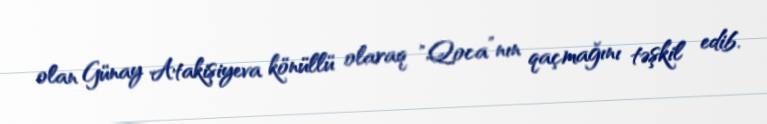
olan Günay Atakişiyeva könüllü olaraq "Qoca”nın qaçmağını təşkil edib.